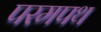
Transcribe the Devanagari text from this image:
परमपथ